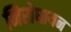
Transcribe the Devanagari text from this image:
निरोधायन